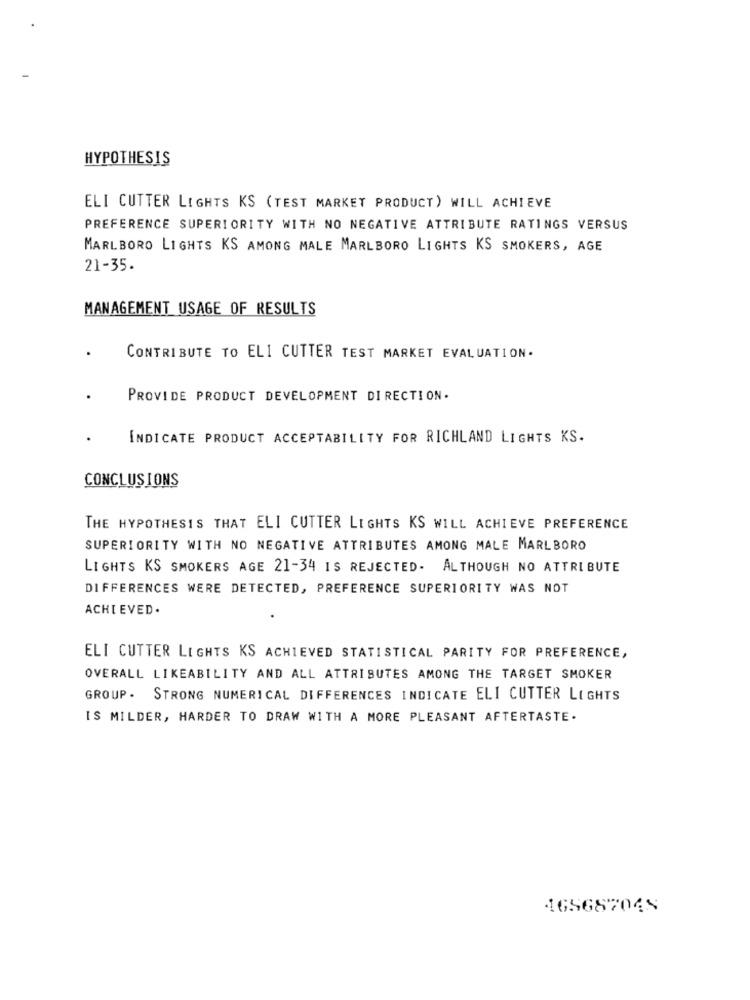
HYPOTHESIS
ELI CUTTER LIGHTS KS (TEST MARKET PRODUCT) WILL ACHIEVE
PREFERENCE SUPERIORITY WITH NO NEGATIVE ATTRIBUTE RATINGS VERSUS
MARLBORO LIGHTS KS AMONG MALE MARLBORO LIGHTS KS SMOKERS, AGE
21-35.
MANAGEMENT USAGE OF RESULTS
CONTRIBUTE TO ELI CUTTER TEST MARKET EVALUATION.
PROVIDE PRODUCT DEVELOPMENT DIRECTION.
INDICATE PRODUCT ACCEPTABILITY FOR RICHLAND LIGHTS KS.
CONCLUSIONS
THE HYPOTHESIS THAT ELI CUTTER LIGHTS KS WILL ACHIEVE PREFERENCE
SUPERIORITY WITH NO NEGATIVE ATTRIBUTES AMONG MALE MARLBORO
LIGHTS KS SMOKERS AGE 21-34 IS REJECTED. ALTHOUGH NO ATTRIBUTE
DIFFERENCES WERE DETECTED, PREFERENCE SUPERIORITY WAS NOT
ACHIEVED.
ELI CUTTER LIGHTS KS ACHIEVED STATISTICAL PARITY FOR PREFERENCE,
OVERALL LIKEABILITY AND ALL ATTRIBUTES AMONG THE TARGET SMOKER
GROUP. STRONG NUMERICAL DIFFERENCES INDICATE ELI CUTTER LIGHTS
IS MILDER, HARDER TO DRAW WITH A MORE PLEASANT AFTERTASTE.
165687049